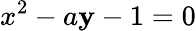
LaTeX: x^{2}-a\mathbf{y}-1=0